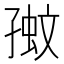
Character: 𡦉